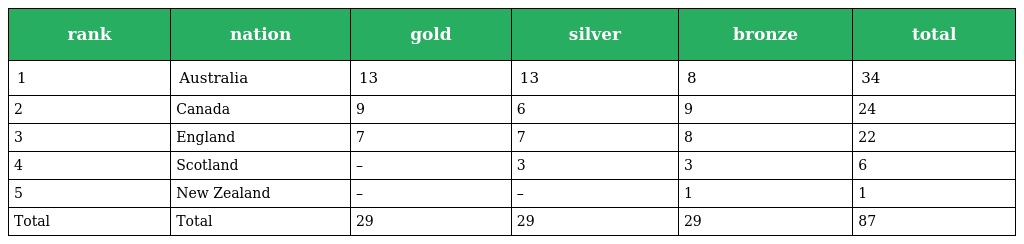
| rank | nation | gold | silver | bronze | total |
 | --- | --- | --- | --- | --- | --- |
 | 1 | Australia | 13 | 13 | 8 | 34 |
 | 2 | Canada | 9 | 6 | 9 | 24 |
 | 3 | England | 7 | 7 | 8 | 22 |
 | 4 | Scotland | – | 3 | 3 | 6 |
 | 5 | New Zealand | – | – | 1 | 1 |
 | Total | Total | 29 | 29 | 29 | 87 |